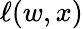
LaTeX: \ell(w,x)